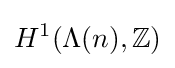
H^{1}(\Lambda (n),\mathbb {Z} )